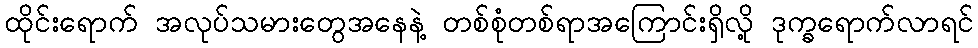
ထိုင်းရောက် အလုပ်သမားတွေအနေနဲ့ တစ်စုံတစ်ရာအကြောင်းရှိလို့ ဒုက္ခရောက်လာရင်